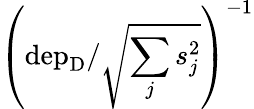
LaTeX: \left(\mathrm{dep_{D}}/\sqrt{\sum_{j}s_{j}^{2}}\right)^{-1}